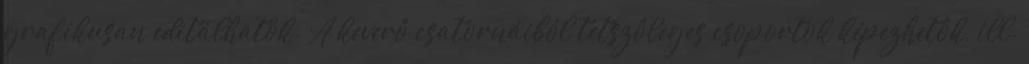
grafikusan editálhatók. A keverô csatornáiból tetszôleges csoportok képezhetôk, ill.